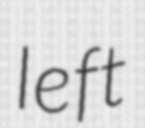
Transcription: left